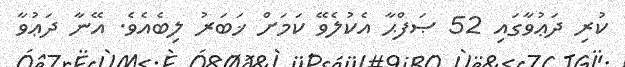
ކުރި ދަޢުވާގައި 52 ޞަފްޙާ އެކުލެވޭ ކަމަށް ޚަބަރު ލިބެއެވެ. އޭނާ ދަޢުވާ